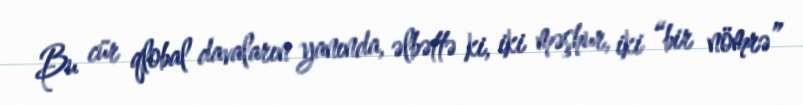
Bu cür qlobal davaların yanında, əlbəttə ki, iki məşhur, iki “bir nömrə”